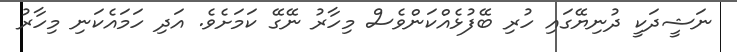
ނަޝީދަކީ ދުނިޔޭގައި ހުރި ބޭފުޅެއްކަންވެސް މިހާރު ނޭގޭ ކަމަށެވެ. އަދި ހަމައެކަނި މިހާރު